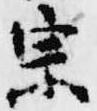
宗